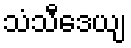
သံသီဒေယျ